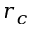
r _ { c }